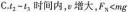
C.t_{2}-t_{3}时间内，v增大，$$F_{N} < m g$$